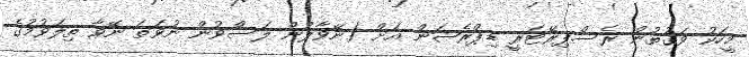
މީހަކު ވަގުތުން ރެސްޕިރޭޓަރީ ޑިޕްރެޝަން އަށް (ނޭވާލުން ލަސްވުން ނުވަތަ ނޭވާ ތިލަވުމުގެ